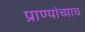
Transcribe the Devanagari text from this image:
प्राण्यांच्याच